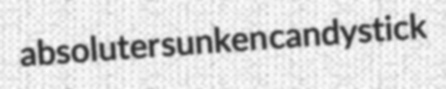
absoluter sunken candystick